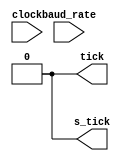
module baud_generator(clock,baud_rate,tick,s_tick);
   input clock;
   input [1:0] baud_rate;
   output tick,s_tick; //sampling tick is 16 times the frequency of a normal tick
   
   reg tick,s_tick;
   reg [1:0] baud;
   
   // baud_rate value mapping:
   //     00 == 1200
   //     01 == 2400
   //     10 == 4800
   //     11 == 9600 
   
   
   reg [11:0] counter; //one counter for diffrent baud rates of s_tick
   reg [3:0] tcounter; //tick counter ,modulus 16
   
   initial
   begin
     counter={12*1'b0};
     tcounter={4*1'b0};
     baud=2'b00; //default baud
     s_tick <= 1'b0;
     tick <= 1'b0;
   end
 
 
   always @(baud_rate)
    begin
      baud <= baud_rate;
      s_tick <=1'b0;
      tick <= 1'b0;
      counter<={12*1'b0};
      tcounter<={4*1'b0};
    end
    
    
    
   always @(posedge clock)
     case (baud)
        //baud 1200 
       2'b00: 
        begin
         if (counter==12'h516) //half period
           begin s_tick <= ~s_tick; counter<={12*1'b0}; end
         else counter <= counter+1;
        end
        
        //baud 2400
       2'b01: 
        begin
         if (counter==12'h28B) //half period
           begin s_tick <= ~s_tick; counter<={12*1'b0}; end 
         else counter <= counter+1;
        end
        
        //baud 4800
       2'b10: 
        begin
         if (counter==12'h145) //half period
           begin s_tick <= ~s_tick; counter<={12*1'b0}; end 
         else counter <= counter+1;
        end
        
         //baud 9600
       2'b11: 
        begin
         if (counter==12'hA2) //half period
           begin s_tick <= ~s_tick; counter<={12*1'b0} ; end 
         else counter <= counter+1;
        end
  
       endcase
   
   //tick output from s_tick
   always @ (posedge s_tick)
    begin tcounter <= tcounter+1;
          tick <= tcounter[3]; end 
   
   
 endmodule